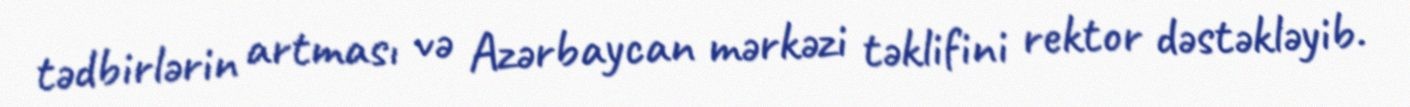
tədbirlərin artması və Azərbaycan mərkəzi təklifini rektor dəstəkləyib.